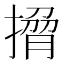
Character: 𭢄